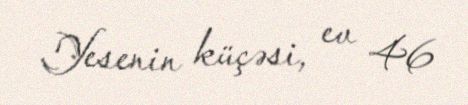
Yesenin küçəsi, ev 46